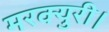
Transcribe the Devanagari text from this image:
मरक्युरी।